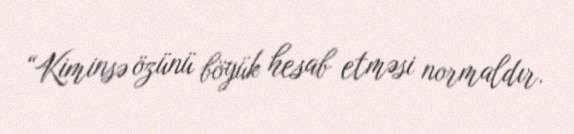
“Kiminsə özünü böyük hesab etməsi normaldır.